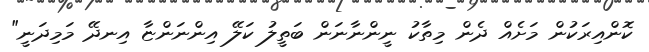
ކޮންއިރަކުން މަށެއް ދެން މިތާކު ނީންނާނަން ބަތީލު ކަލޭ އިންނަންޏާ އިނދޭ މަމިދަނީ"